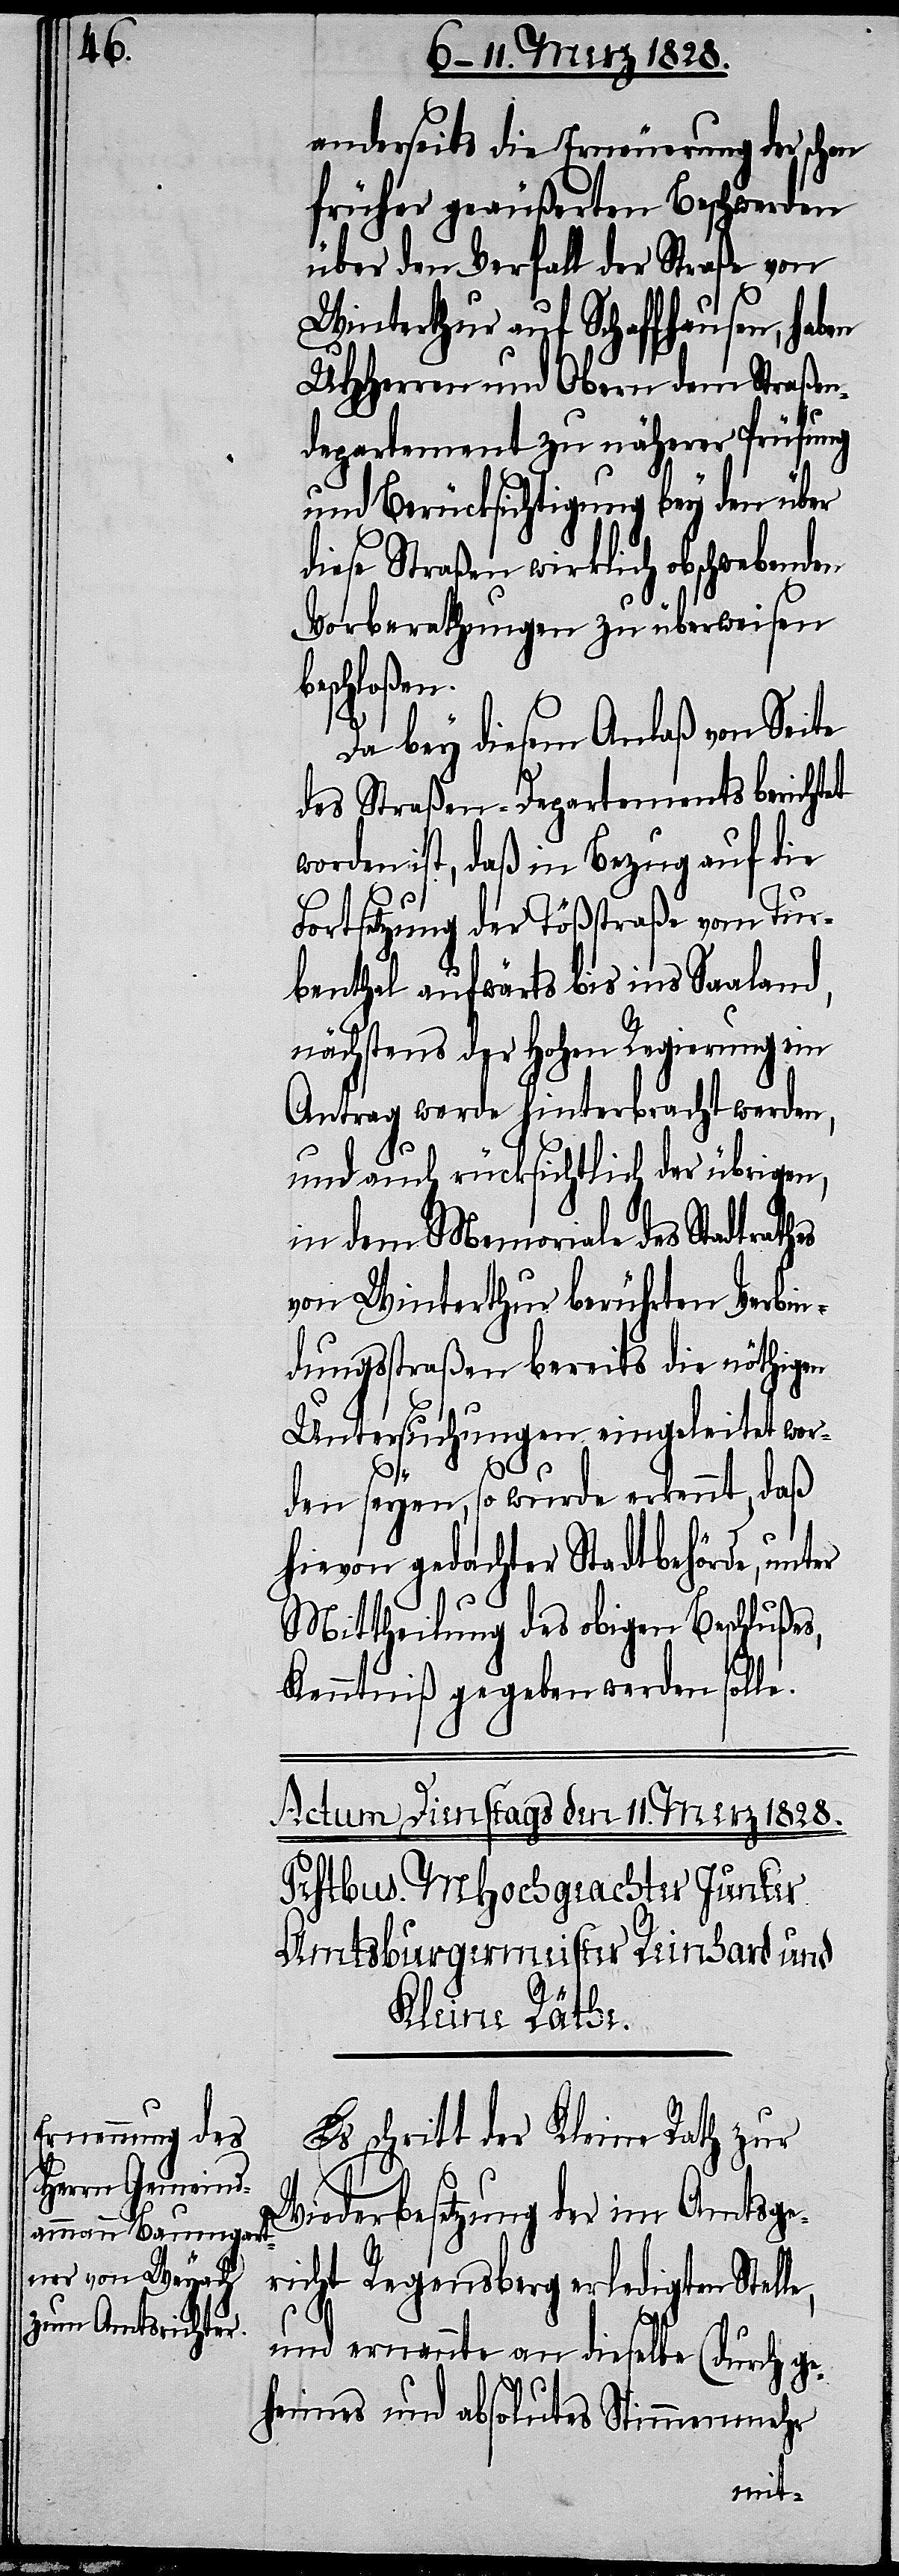
anderseits die Erneuerung der schon
früher geäußerten Beschwerden
über den Verfall der Straße von
Winterthur auf Schaffhausen, haben
UHHerren und Obern dem Straßen¬
departement zu näherer Prüfung
und Berücksichtigung bey den über
diese Straßen wirklich obschwebenden
Vorberathungen zu überweisen
beschloßen.
Da bey diesem Anlaß von Seite
des Straßen-Departements berichtet
worden ist, daß in Bezug auf die
Fortsetzung der Tößstraße vom Tur¬
benthal aufwärts bis ins Saaland,
nächstens der hohen Regierung ein
Antrag werde hinterbracht werden,
und auch rücksichtlich der übrigen,
in dem Memoriale des Stadtrathes
von Winterthur berührten Verbin¬
dungsstraßen bereits die nöthigen
Untersuchungen eingeleitet wor¬
den seyen, so wurde erkennt, daß
hievon gedachter Stadtbehörde, unter
Mittheilung des obigen Beschlußes,
Kenntniß gegeben werden solle.
Es schritt der Kleine Rath zur
Wiederbesetzung der im Amtsge¬
richt Regensberg erledigten Stelle,
und ernannte an dieselbe (durch ge¬
heimes und absolutes Stimmenmehr